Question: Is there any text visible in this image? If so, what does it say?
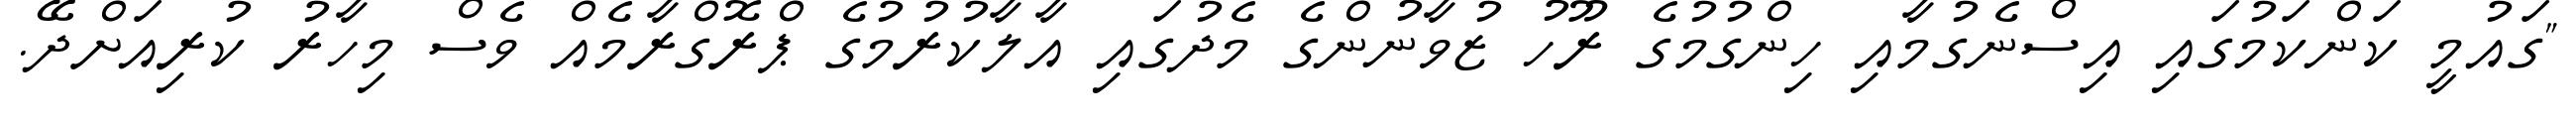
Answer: "ގައުމީ ކަންކަމުގައި އިސްނެގުމާއި ހިންގުމުގެ ރޫހު ޒުވާނުންގެ މެދުގައި އާލާކުރުމުގެ ޕްރޮގްރާމެއް ވެސް މިހާރު ކުރިއަށްދޭ.